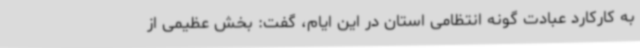
به کارکارد عبادت گونه انتظامی استان در این ایام، گفت: بخش عظیمی از